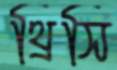
থ্রিসি